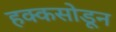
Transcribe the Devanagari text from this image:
हक्कसोडून